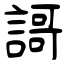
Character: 謌